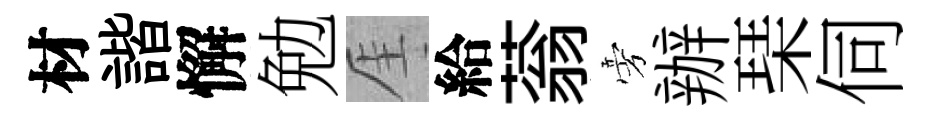
材諧懈勉厓給蓊旁辦琹伺